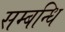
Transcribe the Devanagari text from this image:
सम्‍बन्‍धि